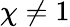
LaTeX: \chi\neq 1